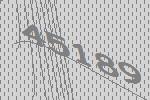
45189